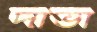
দাভা